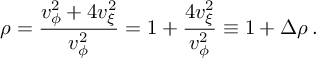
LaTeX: \rho = \frac { v _ { \phi } ^ { 2 } + 4 v _ { \xi } ^ { 2 } } { v _ { \phi } ^ { 2 } } = 1 + \frac { 4 v _ { \xi } ^ { 2 } } { v _ { \phi } ^ { 2 } } \equiv 1 + \Delta \rho \, .